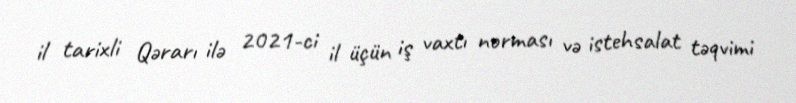
il tarixli Qərarı ilə 2021-ci il üçün iş vaxtı norması və istehsalat təqvimi